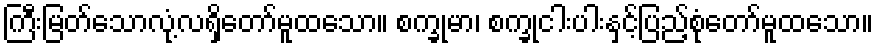
ကြီးမြတ်သောလုံ့လရှိတော်မူထသော။ စက္ခုမာ၊ စက္ခုငါးပါးနှင့်ပြည့်စုံတော်မူထသော။